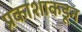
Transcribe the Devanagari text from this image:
प्रकाशाकडून